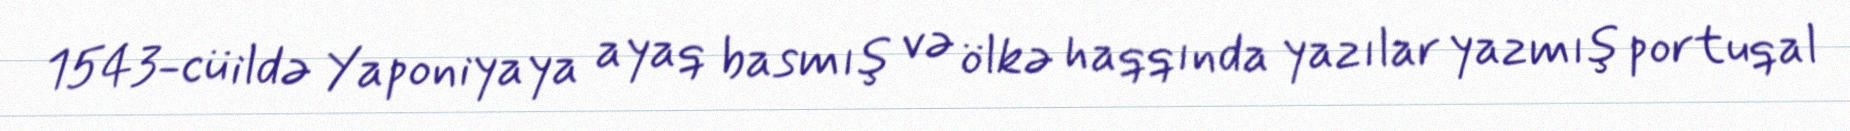
1543-cü ildə Yaponiyaya ayaq basmış və ölkə haqqında yazılar yazmış portuqal